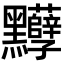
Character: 𪓈